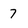
Character: 7